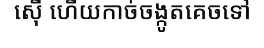
ស៊ើ ហើយកាច់ចង្កូតគេចទៅ